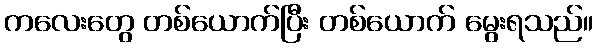
ကလေးတွေ တစ်ယောက်ပြီး တစ်ယောက် မွေးရသည်။